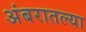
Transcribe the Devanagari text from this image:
अंबरातल्या